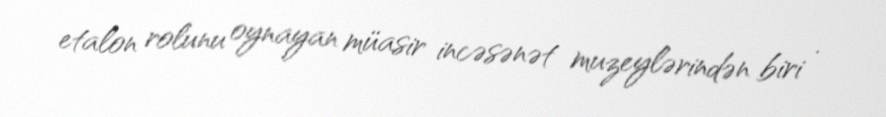
etalon rolunu oynayan müasir incəsənət muzeylərindən biri .